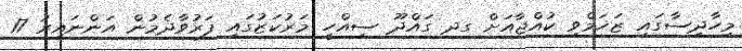
މިހާދިސާގައި ޒަޚަމްވި ކުއްޖާއަށް ގދ ގައްދޫ ސިއްހީ މަރުކަޒުގައި ފަރުވާދެމުން އަންނައިރު 17